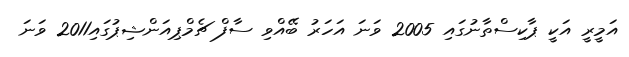
އަމީރީ އަކީ ޕާކިސްތާނުގައި 2005 ވަނަ އަހަރު ބޭއްވި ސާފް ޗެމްޕިއަންޝިޕުގައި2011 ވަނަ